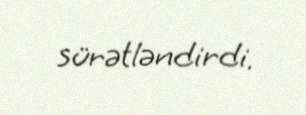
sürətləndirdi.